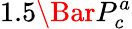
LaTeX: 1.5\Bar{P}_{c}^{a}